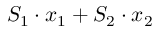
S _ { 1 } \cdot x _ { 1 } + S _ { 2 } \cdot x _ { 2 }